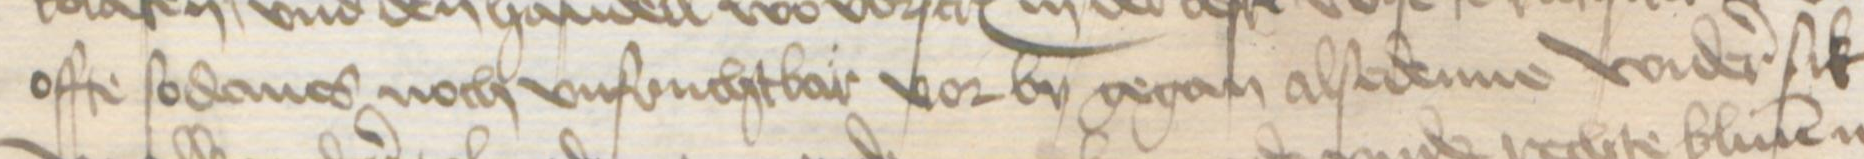
offe sodanes noch vnfruchtbar vor by gegan alsedenne wider sik